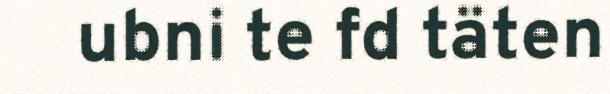
ubni te fd täten